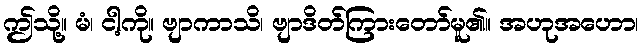
ဤသို့။ မံ၊ ငါ့ကို။ ဗျာကာသိ၊ ဗျာဒိတ်ကြားတော်မူ၏။ အဟုအဟော၊